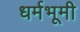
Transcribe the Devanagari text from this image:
धर्मभूमी